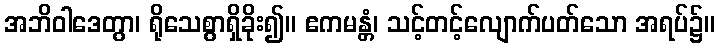
အဘိဝါဒေတွာ၊ ရိုသေစွာရှိခိုး၍။ ဧကမန္တံ၊ သင့်တင့်လျောက်ပတ်သော အရပ်၌။